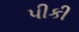
પીકી